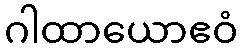
ဂါထာယောဧဝံ